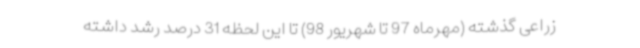
زراعی گذشته (مهرماه 97 تا شهریور 98) تا این لحظه 31 درصد رشد داشته